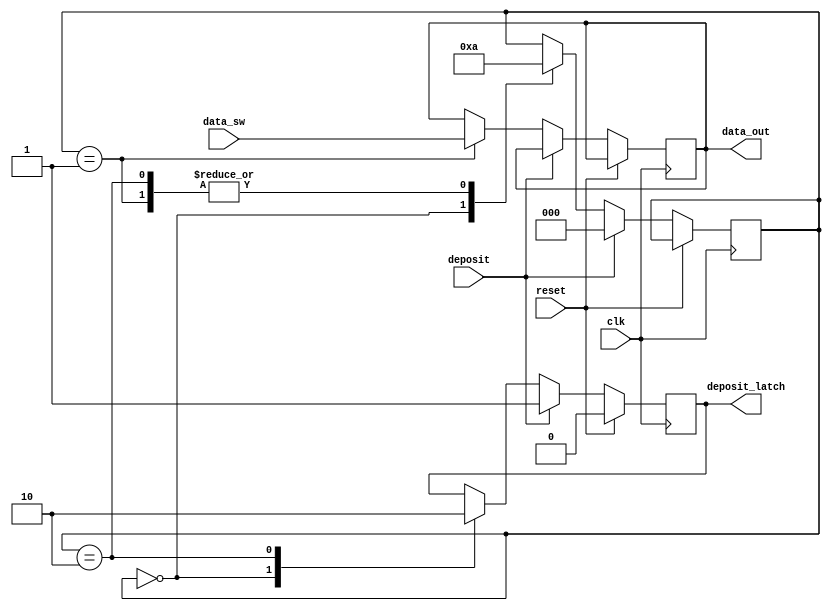
/*
DEP 

The Deposit circuit places a write pulse on the MWRITE line 
and enables the switches SA O through SA 7. This causes the 
contents of these ei_ght switches to be stored in the memory 
location currently addressed. 

*/

module deposit(
  input clk,
  input reset,
  input deposit,
  input [7:0] data_sw,
  output reg [7:0] data_out,
  output deposit_latch
);

  reg [2:0] state = 3'b000;
  reg de_lt = 1'b0;
  
  always @(posedge clk)
    begin
      if (reset)
      begin
		  de_lt <= 1'b0;
		end  
      else if (deposit)
      begin
		  state <= 3'b000;
        de_lt <= 1'b1;
		end  
      else
		begin
		case (state)
			3'b000 : begin
			  de_lt <= 1'b1;
			  state <= 3'b001;
		   end
			3'b001 : begin
			  data_out <= data_sw;
			  state <= 3'b010;
			end
			3'b010 : begin
			  state <= 3'b010;
			  de_lt <= 1'b0;
			end
		endcase
		end
    end
	 assign deposit_latch = de_lt;
endmodule